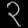
Digit: ၃